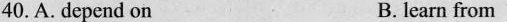
40.A. Depend on B. learn from